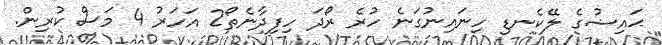
ޙައިޟުގެ ލޭކެނޑި ހިނައިނުގަނެ ހުރެ ރޯދަ ހިފިދާނެތޯ2 އަހަރު 4 މަސް ކުރިން.